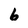
Character: 6